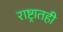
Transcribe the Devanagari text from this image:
राष्ट्रातही